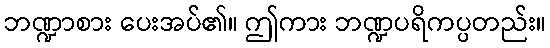
ဘဏ္ဍာစား ပေးအပ်၏။ ဤကား ဘဏ္ဍပရိကပ္ပတည်း။